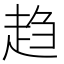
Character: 趋